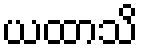
ယထာသိ